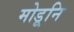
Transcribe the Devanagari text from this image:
मोडूनि